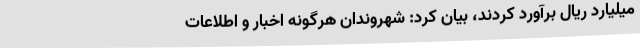
میلیارد ریال برآورد کردند، بیان کرد: شهروندان هرگونه اخبار و اطلاعات